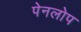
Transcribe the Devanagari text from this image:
पेनलोप